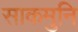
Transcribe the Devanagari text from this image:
साकमुनि